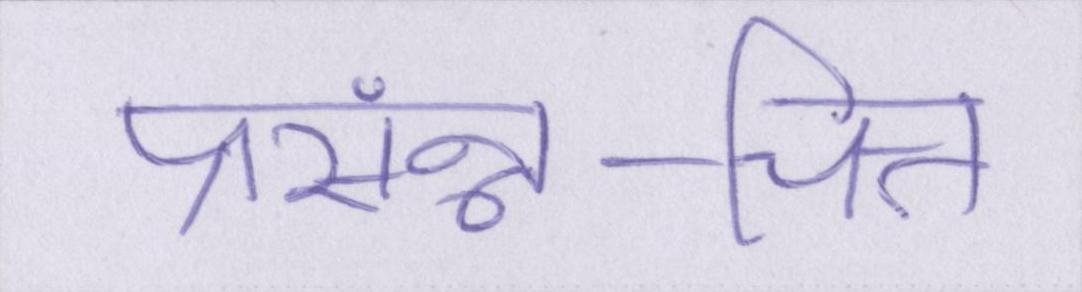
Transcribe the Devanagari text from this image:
प्रसंन्न-चित्त